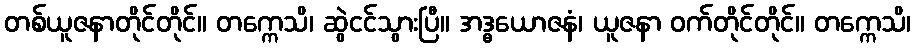
တစ်ယူဇနာတိုင်တိုင်။ တက္ကေသိ၊ ဆွဲငင်သွားပြီ။ အဒ္ဓယောဇနံ၊ ယူဇနာ ဝက်တိုင်တိုင်။ တက္ကေသိ၊